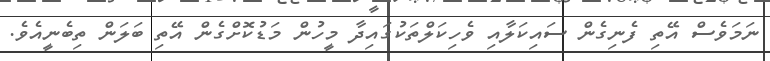
ނަމަވެސް އޭތި ފެނިގެން ސައިކަލާއި ވެހިކަލްތަކުގައިދާ މީހުން މަޑުކޮށްގެން އޭތި ބަލަން ތިބެނީއެވެ.